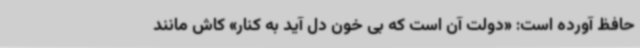
حافظ آورده است: «دولت آن است که بی خون دل آید به کنار» کاش مانند